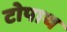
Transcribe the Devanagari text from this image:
टोपाथ